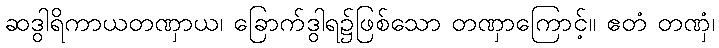
ဆဒွါရိကာယတဏှာယ၊ ခြောက်ဒွါရ၌ဖြစ်သော တဏှာကြောင့်။ ဧတံ တဏှံ၊